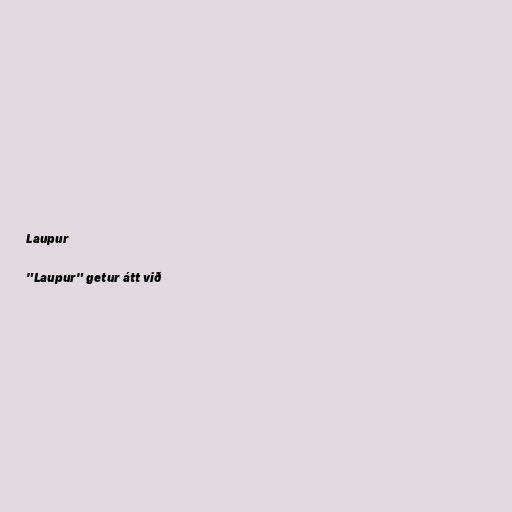
Laupur

"Laupur" getur átt við